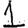
Digit: 1